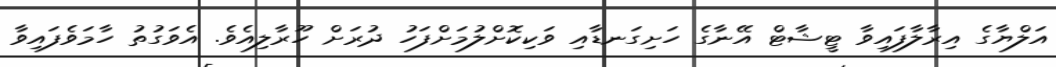
އަލްޔާގެ އިރާލާފައިވާ ޓީޝާޓް އޭނާގެ ހަށިގަނޑާއި ވަކިކޮށްލުމަށްފަހު ދުރަށް ހޫރާލިއެވެ. އެވަގުތު ހާމަވެފައިވާ